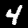
Digit: 4